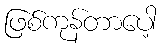
ဖြစ်ကုန်တာပေါ့